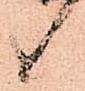
候